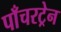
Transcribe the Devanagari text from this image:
पाँचरट्रेन